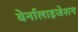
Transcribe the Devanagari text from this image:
वेर्नालाइजेशन